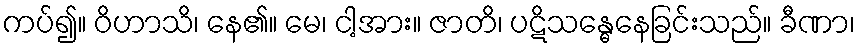
ကပ်၍။ ဝိဟာသိ၊ နေ၏။ မေ၊ ငါ့အား။ ဇာတိ၊ ပဋိသန္ဓေနေခြင်းသည်။ ခီဏာ၊